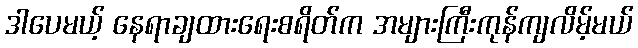
ဒါပေမယ့် နေရာချထားရေးစရိတ်က အများကြီးကုန်ကျလိမ့်မယ်